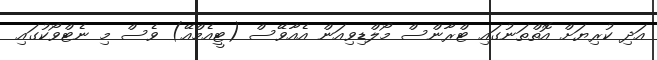
އަދި ކުރިޔަށް އޮތްތަނުގައި ޓްރާންސް މޯލްޑިވިއަން އެއާވޭސް (ޓީއެމްއޭ) ވެސް މި ނެޓްވޯކުގައި